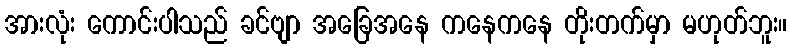
အားလုံး ကောင်းပါသည် ခင်ဗျာ အခြေအနေ ကနေကနေ တိုးတက်မှာ မဟုတ်ဘူး။